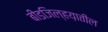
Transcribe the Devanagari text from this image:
बीडजिल्हय़ातील